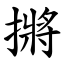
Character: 摪